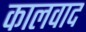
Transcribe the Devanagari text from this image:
कालवाद